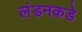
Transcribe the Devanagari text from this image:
लंडनकडे